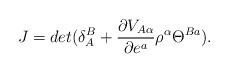
LaTeX: \begin{align*}J=det(\delta _{A}^{B}+\frac{\partial V_{A\alpha }}{\partial e^{a}}\rho^{\alpha }\Theta ^{Ba}).\end{align*}